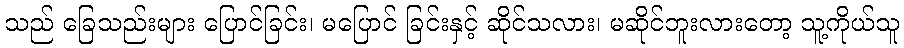
သည် ခြေသည်းများ ပြောင်ခြင်း၊ မပြောင် ခြင်းနှင့် ဆိုင်သလား၊ မဆိုင်ဘူးလားတော့ သူ့ကိုယ်သူ